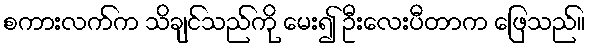
စကားလက်က သိချင်သည်ကို မေး၍ ဦးလေးပီတာက ဖြေသည်။